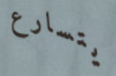
يتسارع